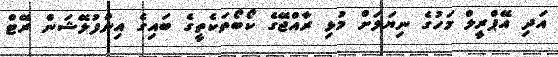
އަދި އޭޕްރީލް މަހުގެ ނިޔަލަށް މުޅި ރާއްޖޭގެ ކޯބޯތަކެތީގެ ބައިގެ އިންފުލޭޝަން ރޭޓް